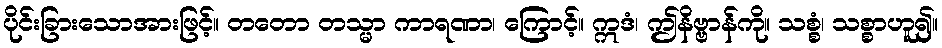
ပိုင်းခြားသောအားဖြင့်။ တတော တသ္မာ ကာရဏာ၊ ကြောင့်။ ဣဒံ၊ ဤနိဗ္ဗာန်ကို။ သစ္စံ၊ သစ္စာဟူ၍။